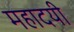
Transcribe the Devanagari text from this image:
महादयी